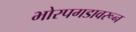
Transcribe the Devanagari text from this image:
भोरपगडावरून